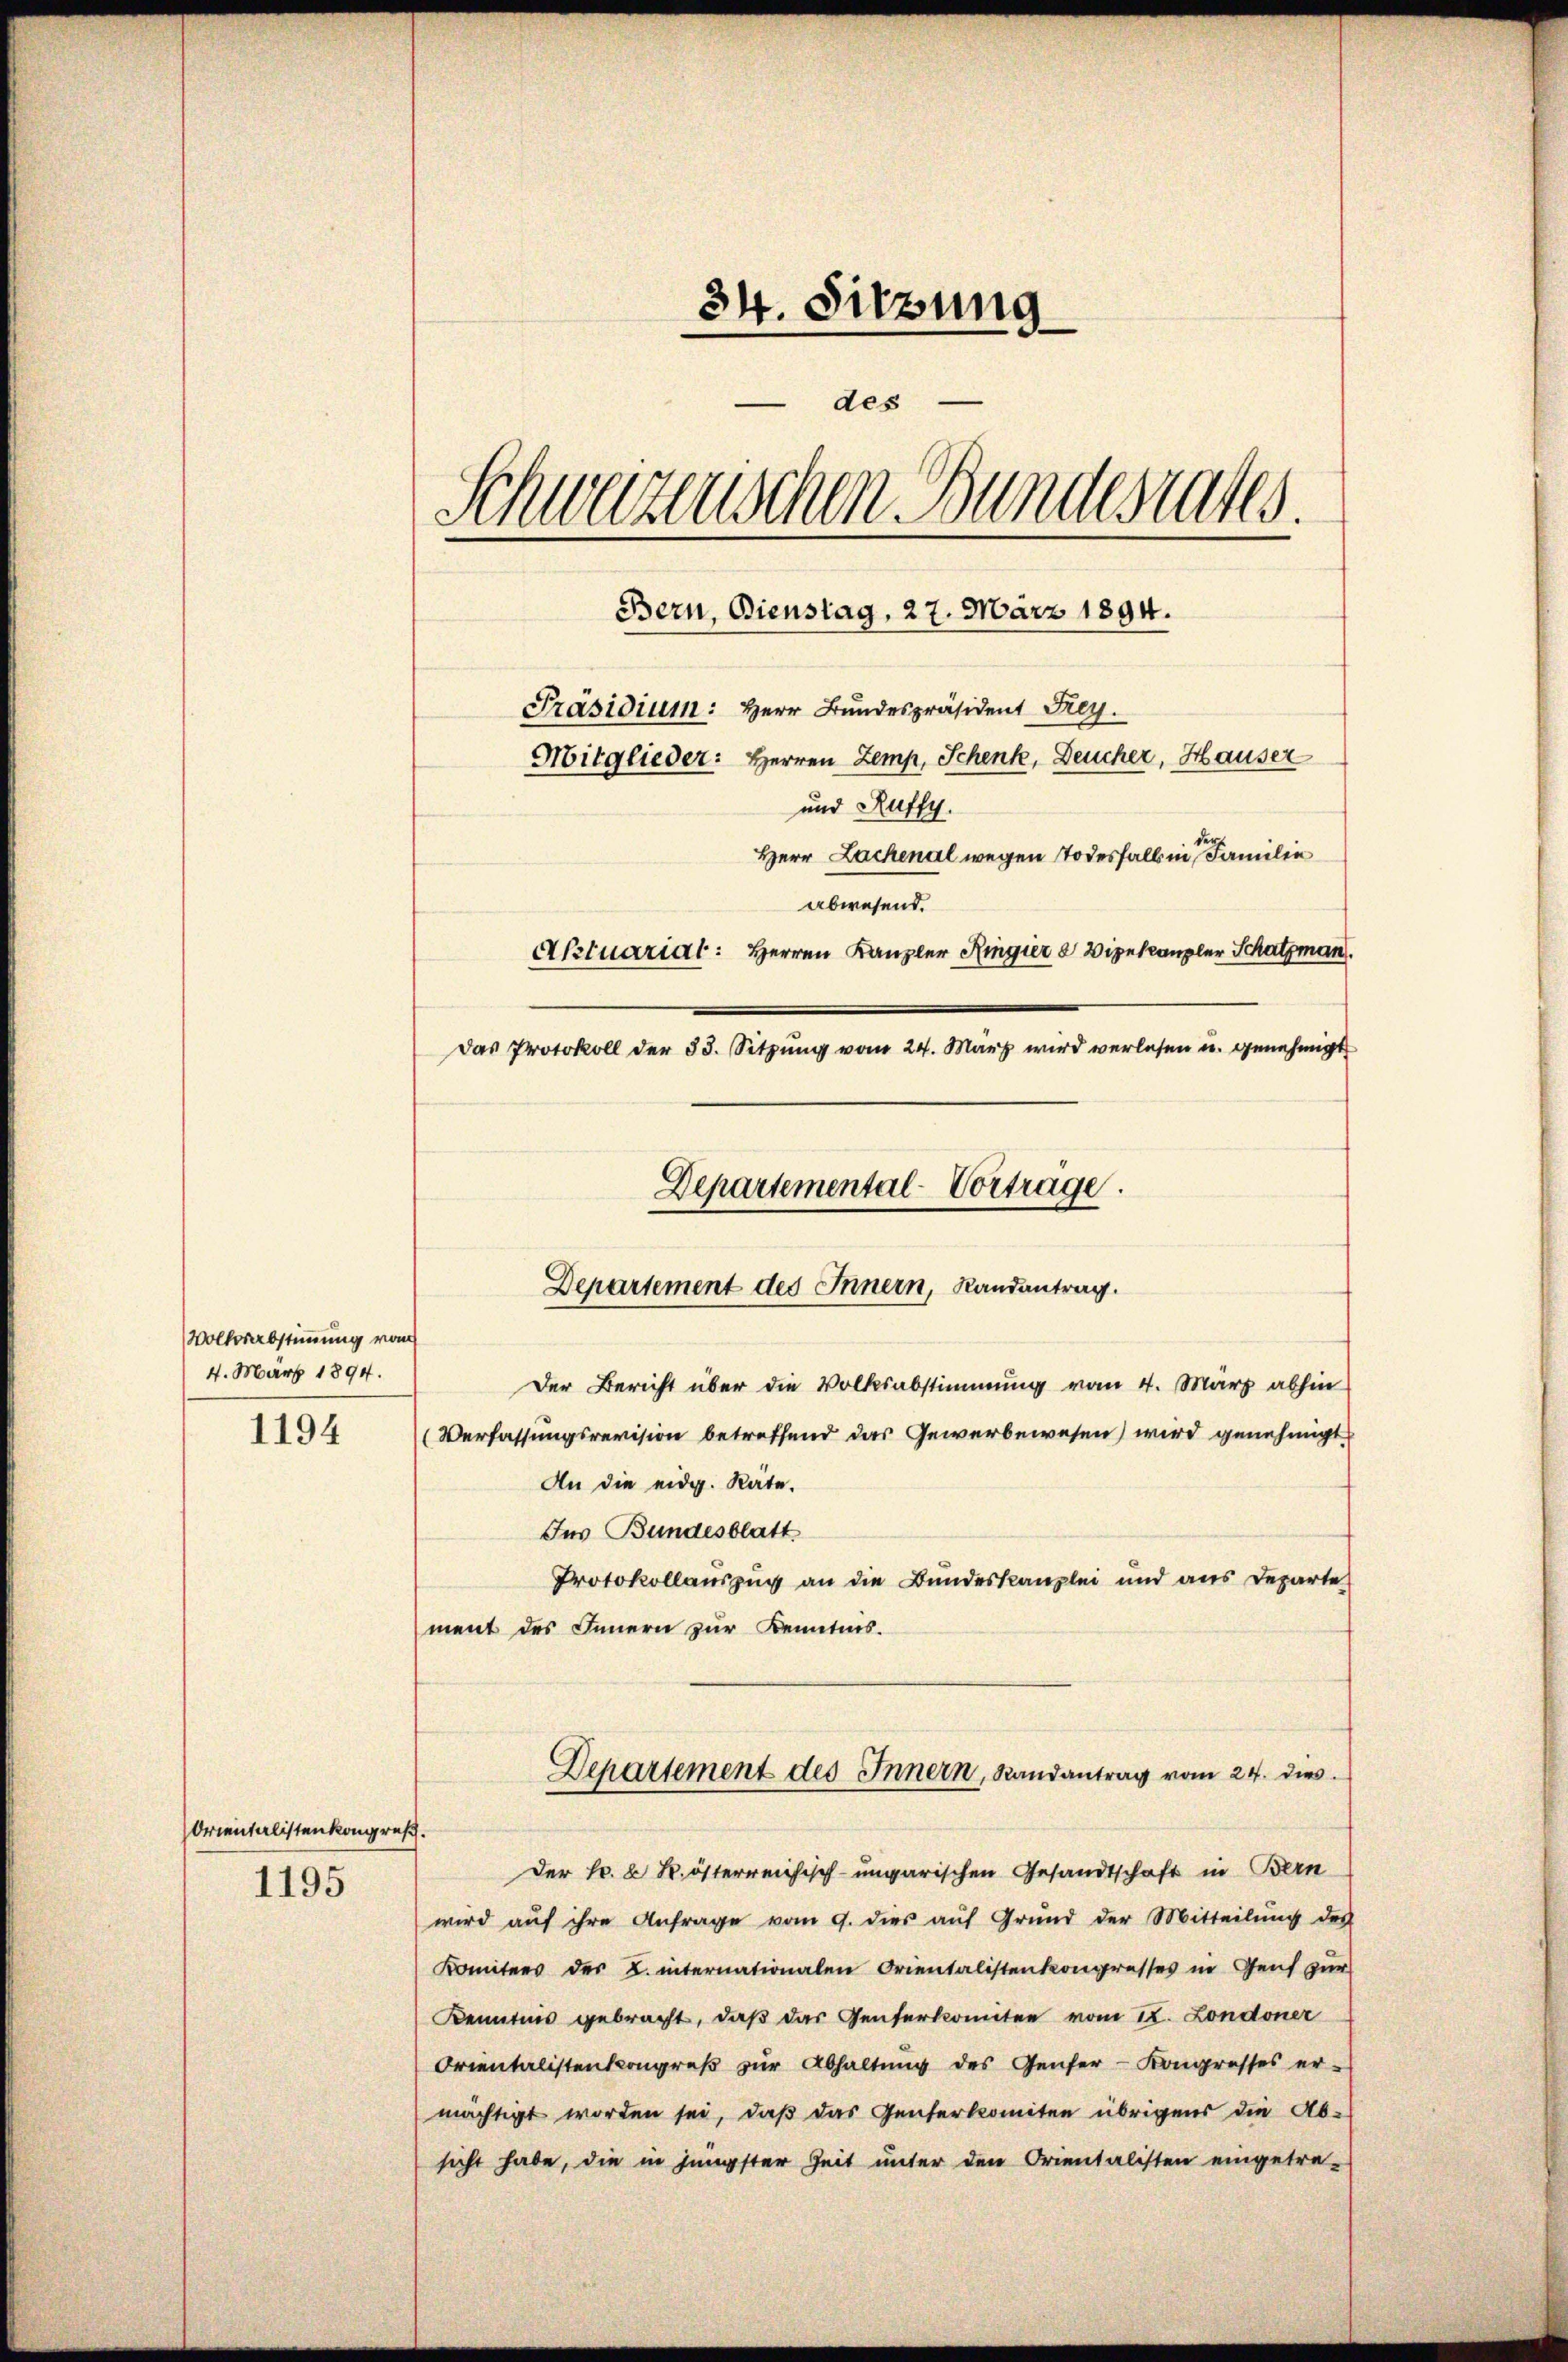
Volksabstimmung vom
4. März 1894.
1194

Orientalisten kongrusch.

1195

34. Sitzung
 des
Schwarzenschen Bundesrates.
Bern, Bienstag, 27. März 1894.
Präsidium: Herr Bundespräsident Frey.
Mitglieder: Herren Zemp, Schenk, Deucher, Hauser
und Ruffy.
Herr Lachenal wegen Todesfalls in Familie
abwesend.
Aktuariat: Herren Kanzler Ringier 8 Vizekanzler Schatzman
Das Protokoll der 33. Sitzŭng vom 24. März wird verlesen u. genehmigt

Departemental-Vortrage.
Departement des Innern, Randantrag.

Der Bericht über die Volksabstimmung vom 4. März abhin
(Verfassungsrevision betreffend das Gewerbewesen wird genehmigt
An die eidg. Räte.
Ins Bundesblatt
Protokollauszug an die Bundeskanzlei und aus Departe
ment des Innern zur Kenntnis.
Departement des Innern, Randantrag vom 24. dies
Der Nr. 2 R. österreichisch-ungarischen Gesandtschaft in Bern
wird aŭf ihre Anfrage vom 9. dies aŭf Grŭnd der Mitteilŭng des
Komitees des L. internationalen Orientalistenkongresses in Genf zur
Kenntnis gebracht, daß das Genterkonten vom 22. Londoner
Orientalistenkongreβ zŭr Abhaltŭng des Genfer- Kongresses er-
mächtigt worden sei, daß das Genferkomiten übrigens die Absicht habe, die in jüngster Zeit unter den Orientalisten eingetre-